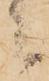
之